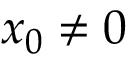
x _ { 0 } \neq 0